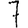
Digit: 7